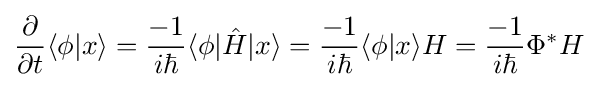
{\frac {\partial }{\partial t}}\langle \phi |x\rangle ={\frac {-1}{i\hbar }}\langle \phi |{\hat {H}}|x\rangle ={\frac {-1}{i\hbar }}\langle \phi |x\rangle H={\frac {-1}{i\hbar }}\Phi ^{*}H